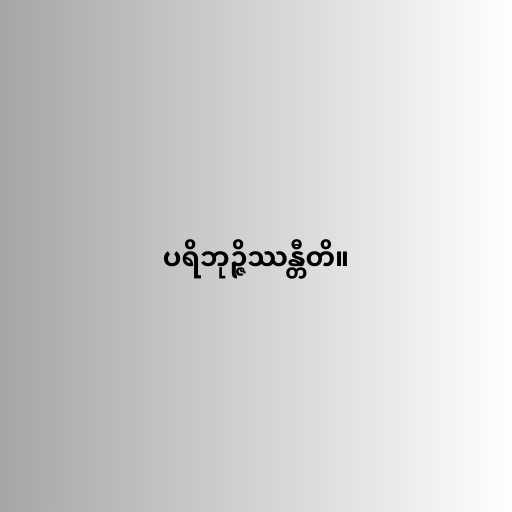
ပရိဘုဉ္ဇိဿန္တီတိ။